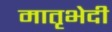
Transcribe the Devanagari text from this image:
मातृभेदी